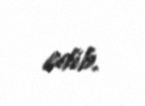
edib.